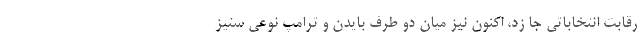
رقابت انتخاباتي جا زد، اكنون نيز ميان دو طرف بايدن و ترامپ نوعي ستيز